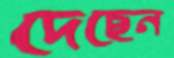
দেছেন